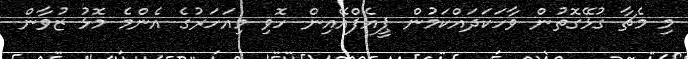
މި މެޗާ ގުޅޭގޮތުން ވާހަކަދައްކަމުން ޕީއެފްއޭއިން ހޮވި މިއަހަރުގެ އެންމެ މޮޅު ޒުވާން